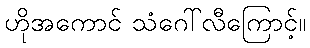
ဟိုအကောင် သံဂေါ်လီကြောင့်။